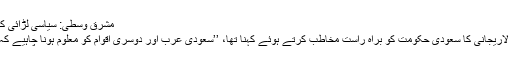
مشرق وسطیٰ: سیاسی لڑائی کے تباہ کُن فرقہ وارانہ نتائج
تاہم اپنی اس تقریر میں علی لاریجانی کا سعودی حکومت کو براہ راست مخاطب کرتے ہوئے کہنا تھا، ’’سعودی عرب اور دوسری اقوام کو معلوم ہونا چاہیے کہ ایران ان کا دشمن نہیں ہے۔